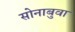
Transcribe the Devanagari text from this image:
सोनाबुवा